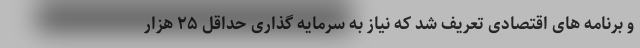
و برنامه های اقتصادی تعریف شد که نیاز به سرمایه گذاری حداقل ۲۵ هزار